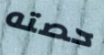
حصته